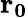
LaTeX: \mathbf{r_{0}}